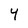
Character: 4